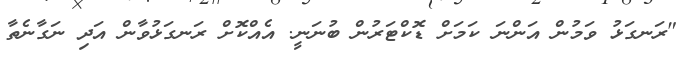
"ރަނގަޅު ވަމުން އަންނަ ކަމަށް ޑޮކްޓަރުން ބުނަނީ. އެއްކޮށް ރަނގަޅުވާން އަދި ނަގާނެތާ